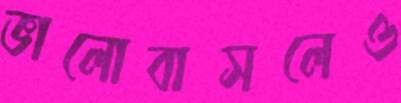
ভালোবাসলেও